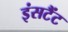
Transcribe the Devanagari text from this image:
इंसटैंट